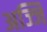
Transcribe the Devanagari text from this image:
अज्जि